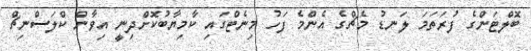
ބޮލްޓަންގެ ފުރަތަމަ ލަނޑު މެޗްގެ އެންމެ ފަހު މިނެޓްގައި ކާމިޔާބުކޮށްދިނީ އިވާން ކްލަސްނިޗް